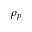
\rho _ { p }